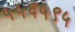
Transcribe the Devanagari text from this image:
५५६५९५